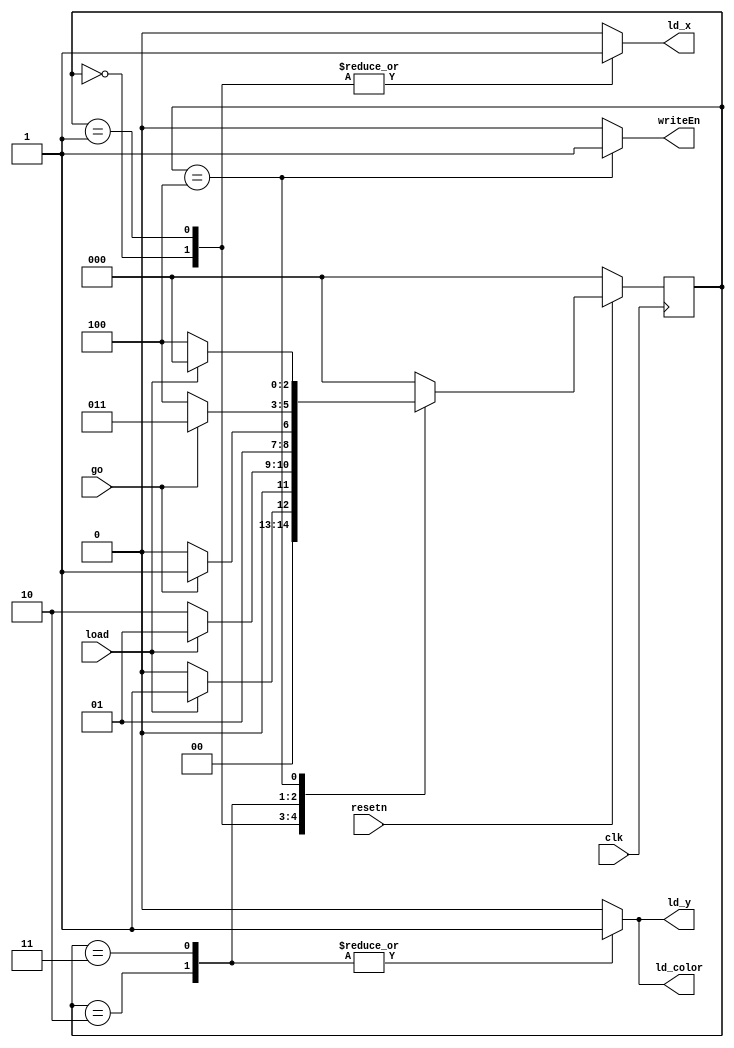
/// FSM module control, instantieation is c0
module control(
  input clk, 
  input resetn, 
  input load, 
  input go,
  output reg ld_x, 
  output reg ld_y, 
  output reg ld_color, 
  output reg writeEn);

  reg [2:0] current_state, next_state;

  localparam  LOAD_X = 3'b000,
						LOAD_X_WAIT = 3'b001,
						LOAD_Y_C = 3'b010,
						LOAD_Y_C_WAIT = 3'b011,
						DO_PLOT = 3'b100;
  //reset
  always @(posedge clk) begin
		if (~resetn)
			 current_state <= LOAD_X;
		else
			 current_state <= next_state;
  end
  //state table
  always @(*) 
  begin: state_table
		case (current_state)
			 LOAD_X: next_state = load ? LOAD_X_WAIT : LOAD_X;
			 LOAD_X_WAIT: next_state = load ? LOAD_X_WAIT : LOAD_Y_C;
			 LOAD_Y_C: next_state = go ? LOAD_Y_C_WAIT : LOAD_Y_C;
			 LOAD_Y_C_WAIT: next_state = go ? LOAD_Y_C_WAIT : DO_PLOT;
			 DO_PLOT: next_state = load ? LOAD_X : DO_PLOT;
			 default: next_state = LOAD_X;
		endcase
  end

  always @(*)
  begin
		ld_x = 1'b0;
		ld_y = 1'b0;
		ld_color = 1'b0;
		writeEn = 0;
		case (current_state)
			 LOAD_X: ld_x = 1;
			 LOAD_X_WAIT: ld_x = 1;
			 LOAD_Y_C: begin
						ld_x = 0;
						ld_y = 1;
						ld_color = 1;
			 end
			 LOAD_Y_C_WAIT: begin
						ld_x = 0;
						ld_y = 1;
						ld_color = 1;
			 end
			 DO_PLOT: writeEn = 1;
		endcase
  end
endmodule